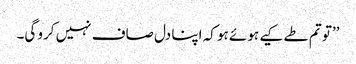
’’تو تم طے کیے ہوئے ہو کہ اپنا دل صاف نہیں کرو گی۔